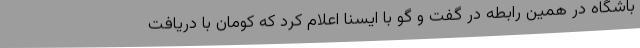
باشگاه در همین رابطه در گفت و گو با ایسنا اعلام کرد که کومان با دریافت